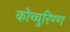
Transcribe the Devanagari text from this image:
कोच्चुरिण्ण